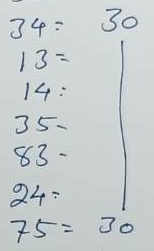
34 = 30
13 = 30
14 = 30
35 = 30
83 = 30
24 = 30
75 = 30